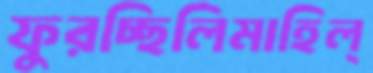
ফুরচ্ছিলিমাহিল্